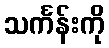
သင်္ကန်းကို